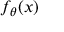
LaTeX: f _ { \theta } ( x )